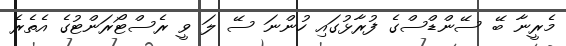
މެރީނާ ބޭ ސޭންޑްސްގެ ފުރާޅުގައި ހުންނަ ސޭ ލަ ވީ ރެސްޓޯރަންޓުގެ އެތެރެ